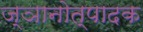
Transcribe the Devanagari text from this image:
ज्ञानोत्पादक